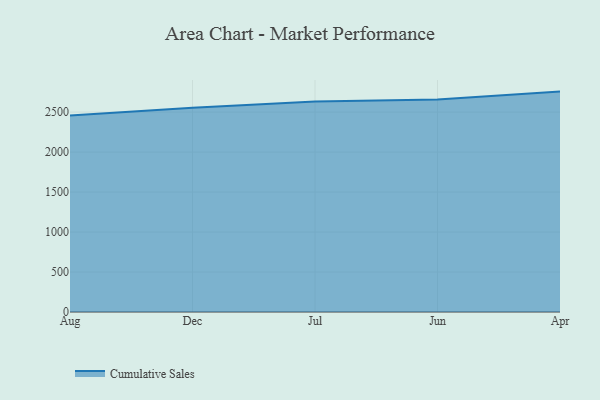
{"axis": {"x": "Month", "y": "Revenue (USD Million)"}, "legend": ["Cumulative Sales"], "data": [{"x": "Aug", "y": 2456.1, "type": "Cumulative Sales"}, {"x": "Dec", "y": 2552.8, "type": "Cumulative Sales"}, {"x": "Jul", "y": 2633.2, "type": "Cumulative Sales"}, {"x": "Jun", "y": 2657.5, "type": "Cumulative Sales"}, {"x": "Apr", "y": 2756.3, "type": "Cumulative Sales"}]}